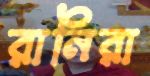
রানিরা